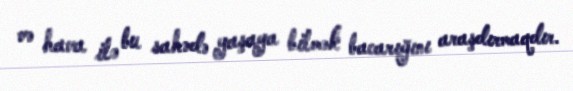
və hava ilə bu sahədə yaşaya bilmək bacarığını araşdırmaqdır.